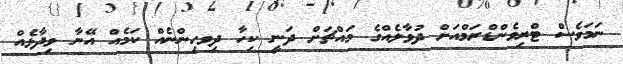
ނަމަވެސް ޓްރިވެންޑްރަމްއަށް ދުވާލެއްގެ މައްޗަށް ދަނީ ކިހާ ދިވހިންނެއް ކަމެއް އޭނާ ވިދާޅެއް